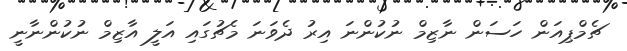
ޗެމްޕިއަން ހަސަން ނާޒިމް ނުކުންނަ އިރު ދެވަނަ މެޗުގައި އަލީ އާޒިމް ނުކުންނާނީ